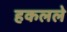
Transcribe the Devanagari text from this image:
हकलले